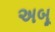
અબૂ